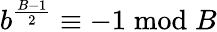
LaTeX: b^{\frac{B-1}{2}}\equiv-1{\bmod{B}}